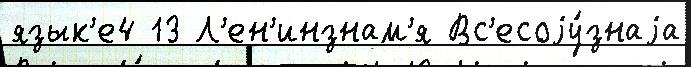
язык'е4 13 Л'ен'инзнам'я Вс'есоjу́знаjа